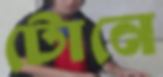
টোনে